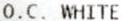
O.C. WHITE